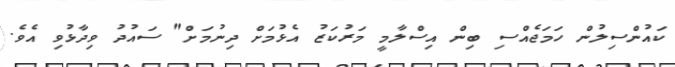
ކައުންސިލުން ހަމަޖެއްސި ބިން އިސްލާމީ މަރުކަޒު އެޅުމަށް ދިނުމަށް" ސައުދު ވިދާޅުވި އެވެ.